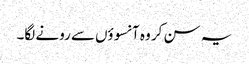
یہ سن کر وہ آنسوؤں‌سے رونے لگا۔